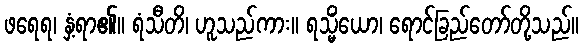
ဖရေရ၊ နှံ့ရာ၏။ ရံသီတိ၊ ဟူသည်ကား။ ရသ္မိံယော၊ ရောင်ခြည်တော်တို့သည်။